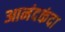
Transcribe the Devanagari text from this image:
आनंदकंदा